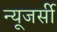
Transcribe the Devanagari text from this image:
न्‍यूजर्सी